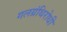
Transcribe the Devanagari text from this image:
गलग्रंथिरोधी